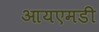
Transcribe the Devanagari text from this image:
आयएमडी